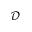
\mathcal { D }